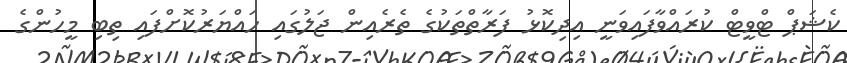
ކެޝަޕް ޓްވީޓް ކުރައްވާފައިވަނީ އިދިކޮޅު ފަރާތްތަކުގެ ތެރެއިން ޖަލުގައި ހައްޔަރުކޮށްފައި ތިބި މީހުންގެ